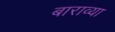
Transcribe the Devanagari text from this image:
बाराव्‍या